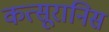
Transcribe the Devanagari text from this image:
कत्सूरानिस